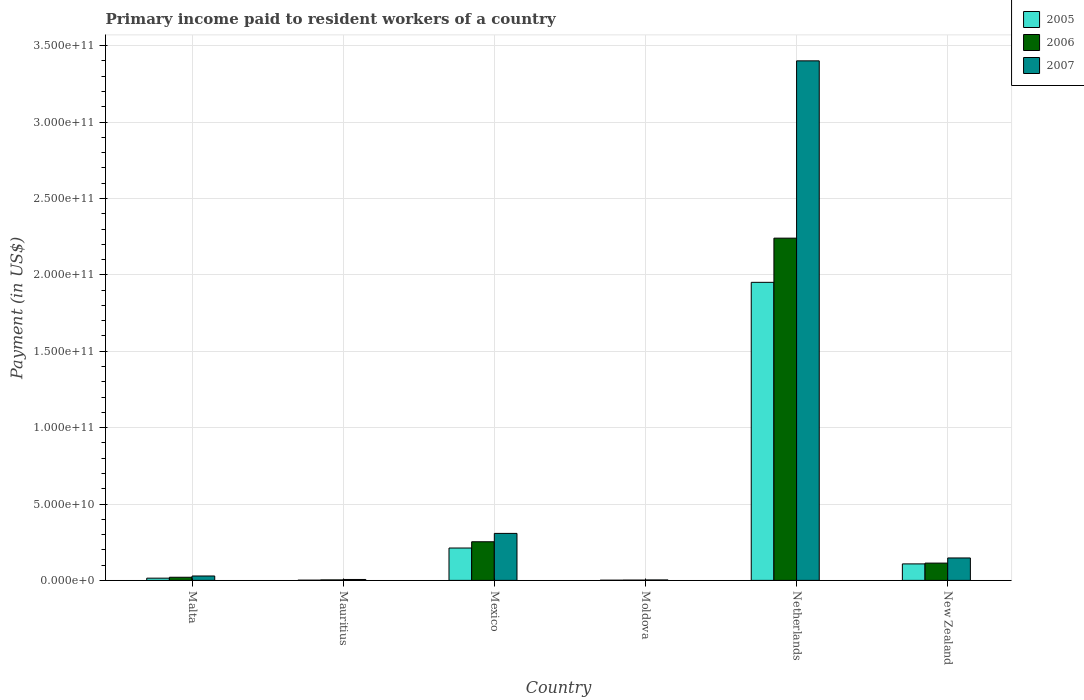
| Country | 2005 | 2006 | 2007 |
 | --- | --- | --- | --- |
 | Malta | 1.45e+09 | 2.05e+09 | 2.88e+09 |
 | Mauritius | 1.51e+08 | 3.24e+08 | 5.93e+08 |
 | Mexico | 2.12e+10 | 2.53e+10 | 3.08e+10 |
 | Moldova | 1.28e+08 | 2.03e+08 | 2.94e+08 |
 | Netherlands | 1.95e+11 | 2.24e+11 | 3.4e+11 |
 | New Zealand | 1.08e+10 | 1.13e+10 | 1.47e+10 |